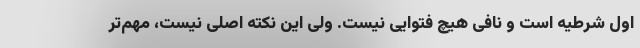
اول شرطیه است و نافی هیچ فتوایی نیست. ولی این نکته اصلی نیست، مهم‌تر